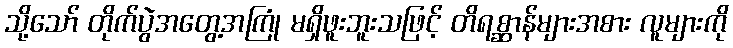
သို့သော် တိုက်ပွဲအတွေ့အကြုံ မရှိဖူးဘူးသဖြင့် တိရစ္ဆာန်များအစား လူများကို